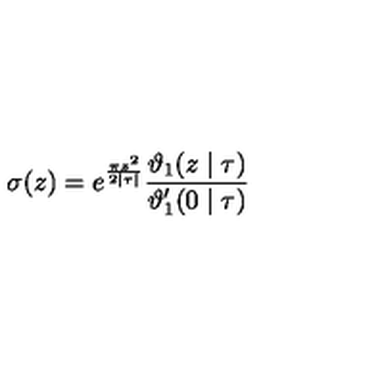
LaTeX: \sigma ( z ) = e ^ { \frac { \pi z ^ { 2 } } { 2 | \tau | } } \frac { \vartheta _ { 1 } ( z \mid \tau ) } { \vartheta _ { 1 } ^ { \prime } ( 0 \mid \tau ) }